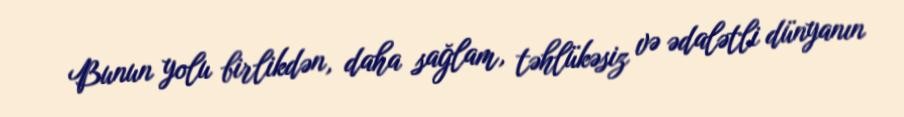
Bunun yolu birlikdən, daha sağlam, təhlükəsiz və ədalətli dünyanın